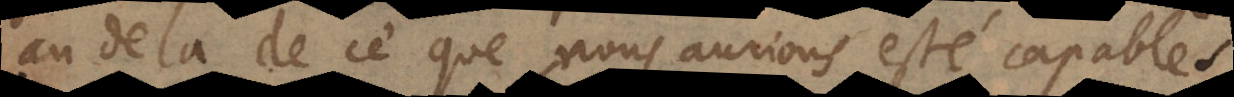
au delà de ce que nous aurions esté capables